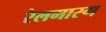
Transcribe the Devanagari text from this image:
रेलमारग